Civil Veterinary Dept. Assam report 1927-50 - 1927-1950
Year: 1927
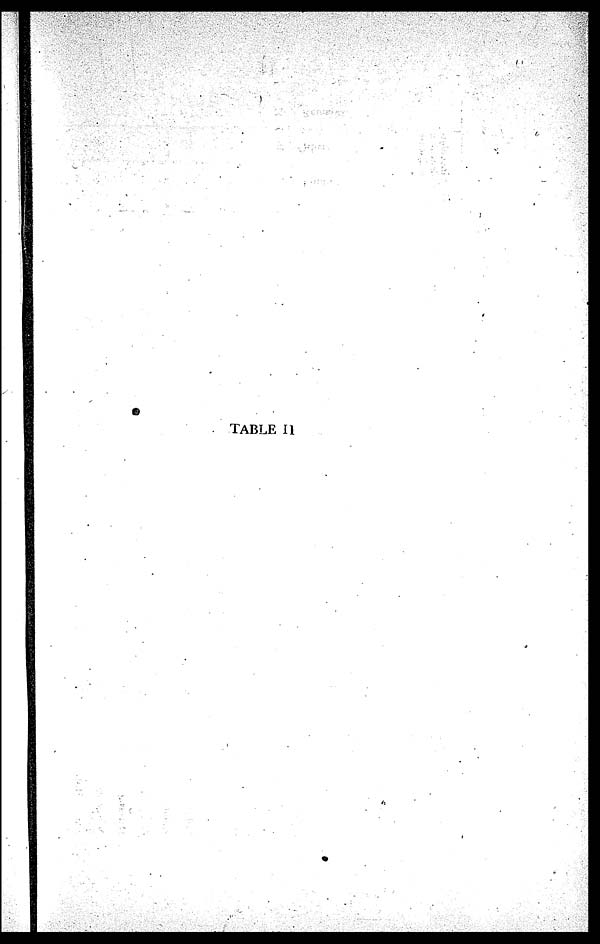
TABLE II